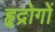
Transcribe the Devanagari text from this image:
हृद्रोगों